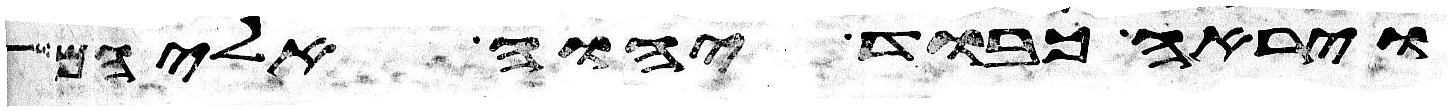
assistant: וירא כבוד יהוה אליהם